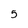
Character: 5